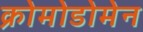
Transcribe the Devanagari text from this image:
क्रोमोडोमेन